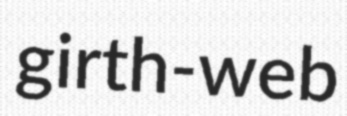
girth-web